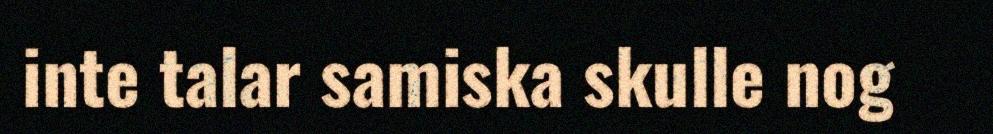
inte talar samiska skulle nog